Civil Veterinary Dept. North-West Frontier Province 1901-22 - 1901-1922
Year: 1901
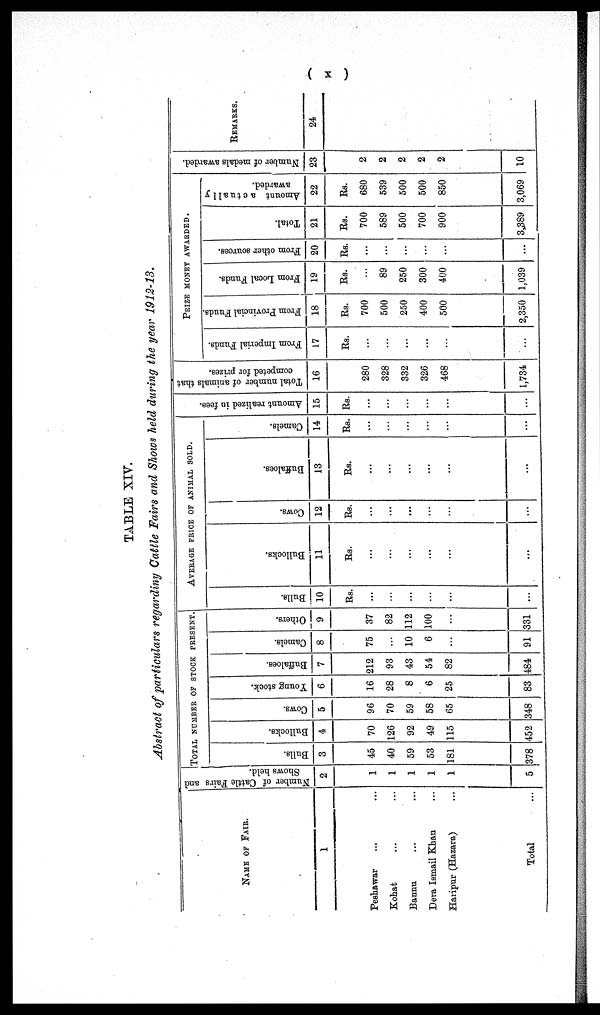
( x )
TABLE XIV.
Abstract of particulars regarding Cattle Fairs and Shows held during the year 1912-13.
NAME OF FAIR.
1
Peshawar ... ...
Kohat ... ...
Bannu ... ...
Dera Ismail Khan ...
Haripur (Hazara) ...
Total
Number of Cattle Fairs and
Shows held.
2
1
1
1
1
1
...
TOTAL NUMBER OF STOCK PRESENT.
Bulls.
3
45
40
59
53
181
378
Bullocks.
4
70
126
92
49
115
452
Cows.
5
96
70
59
58
65
348
Young stock.
6
16
28
8
6
25
83
Buffaloes.
7
212
93
43
54
82
484
Camels.
8
75
10
6
...
91
Others.
9
37
82
112
100
...
331
Bulls.
10
Rs.
...
...
...
...
...
...
AVERAGE PRICE OF ANIMAL SOLD.
Bullocks.
11
Rs.
...
...
...
...
...
...
Cows.
12
Rs.
...
...
...
...
...
...
Buffaloes.
13
Rs.
...
...
...
...
...
...
Camels.
14
Rs.
...
...
...
...
...
...
Amount realized in fees.
15
Rs.
...
...
...
...
...
...
Total number of animals that
competed for prizes.
16
280
328
332
326
468
1,734
PRIZE MONEY AWARDED.
From Imperial Funds.
17
Rs.
...
...
...
...
...
From Provincial Funds.
18
Rs.
700
500
250
400
500
2,350
From Local Funds.
19
Rs.
...
89
250
300
400
1,039
From other sources.
20
Rs.
...
...
...
...
...
...
Total.
21
Rs.
700
589
500
700
900
3,389
Amount actually
awarded.
22
Rs.
680
539
500
500
850
3,069
Number of medals awarded.
23
2
2
2
2
2
10
REMARKS.
24